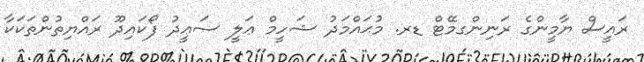
ރައީސް ޔާމީންގެ ރަނިންގމޭޓް ޑރ. މުޙައްމަދު ޝަހީމް ޢަލީ ސަޢީދު ފޯކައިދޫ ރައްޔިތުންތަކަކާ